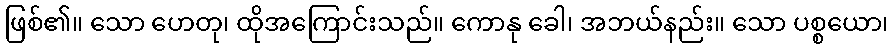
ဖြစ်၏။ သော ဟေတု၊ ထိုအကြောင်းသည်။ ကောနု ခေါ၊ အဘယ်နည်း။ သော ပစ္စယော၊